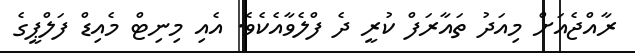
ރާއްޖެއަށް މިއަދު ތައާާރަފް ކުރީ ދެ ފްލެވާއެކެވެ. އެއި މިނިޓް މެއިޑް ފަލްޕީގެ